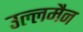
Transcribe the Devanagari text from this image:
उल्लमैन